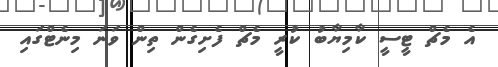
އެ މެޗް ޓީސީ ކާމިޔާބު ކުރީ މެޗް ފެށިގެން ތިން ވަނަ މިނެޓްގައި